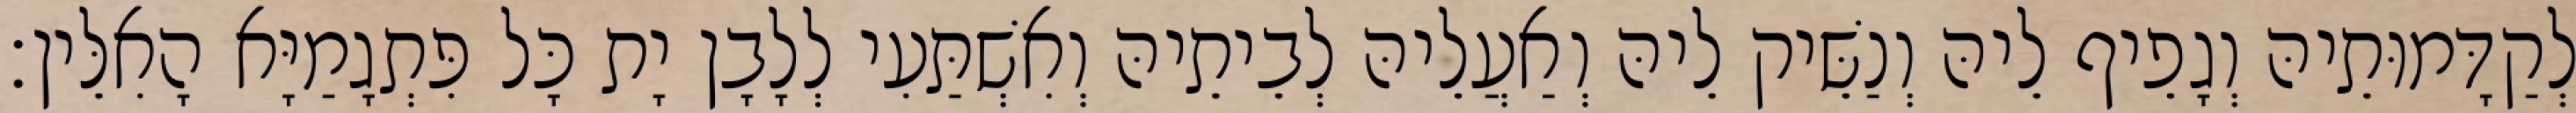
לְקַדָּמוּתֵיהּ וְגָפֵיף לֵיהּ וְנַשֵּׁיק לֵיהּ וְאַעֲלֵיהּ לְבֵיתֵיהּ וְאִשְׁתַּעִי לְלָבָן יָת כָּל פִּתְגָמַיָּא הָאִלֵּין׃